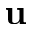
\mathbf { u }